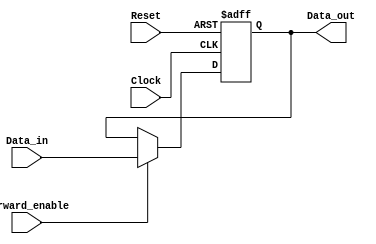
module ForwardingRegister #
(
    parameter DATA_WIDTH = 32  // Parameter to define the width of the data
)
(
    input  wire [DATA_WIDTH-1:0] Data_in,      // Input data
    input  wire Forward_enable,                   // Forward enable control signal
    input  wire Clock,                            // Clock signal
    input  wire Reset,                            // Asynchronous reset signal
    output reg  [DATA_WIDTH-1:0] Data_out       // Output data
);

// Asynchronous reset
always @(posedge Clock or posedge Reset) begin
    if (Reset) begin
        Data_out <= {DATA_WIDTH{1'b0}}; // Clear the register on reset (set to 0)
    end else if (Forward_enable) begin
        Data_out <= Data_in;             // Forward new data on enable
    end
    // Else, retain previous value implicitly (handled by the reg type)
end

endmodule